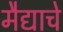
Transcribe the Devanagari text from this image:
मैद्याचे